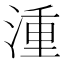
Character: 湩